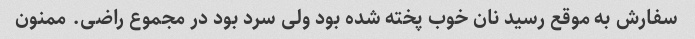
سفارش به موقع رسید نان خوب پخته شده بود ولی سرد بود در مجموع راضی. ممنون